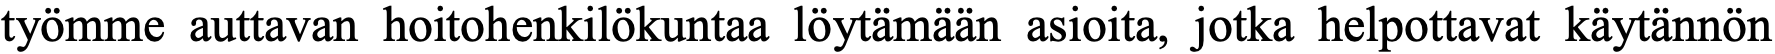
työmme auttavan hoitohenkilökuntaa löytämään asioita, jotka helpottavat käytännön